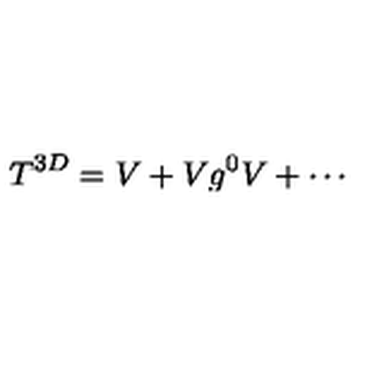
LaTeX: T ^ { 3 D } = V + V g ^ { 0 } V + \cdots